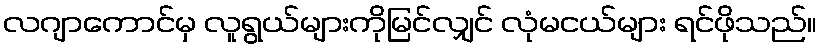
လဂျာကောင်မှ လူရွယ်များကိုမြင်လျှင် လုံမငယ်များ ရင်ဖိုသည်။